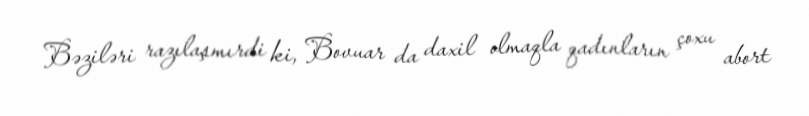
Bəziləri razılaşmırdi ki, Bovuar da daxil olmaqla qadınların çoxu abort